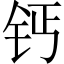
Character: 钙